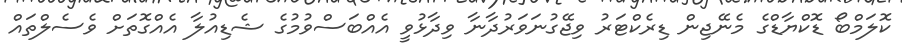
ކޮލަމްބޯ ޑޮކްޔާޑްގެ މެނޭޖިން ޑިރެކްޓަރު ވިޖޭގުނަވަރުދާނާ ވިދާޅުވީ އެއްބަސްވުމުގެ ޝެޑިއުލާ އެއްގޮތަށް ވެސެލްތައް